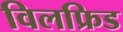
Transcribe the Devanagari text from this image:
विलफ्रिड